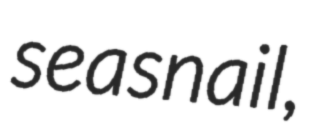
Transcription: sea snail,